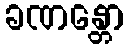
ခဏန္တော